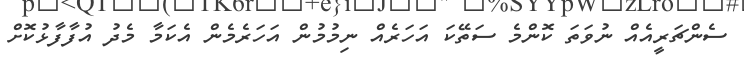
ސެންޗަރީއެއް ނުވަތަ ކޮންމެ ސަތޭކަ އަހަރެއް ނިމުމުން އަހަރެމެން އެކަމާ މެދު އުފާފާޅުކޮށް